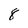
Character: 8